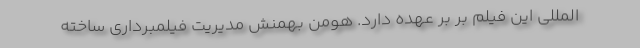
‌المللی این فیلم بر بر عهده دارد. هومن بهمنش مدیریت فیلمبرداری ساخته